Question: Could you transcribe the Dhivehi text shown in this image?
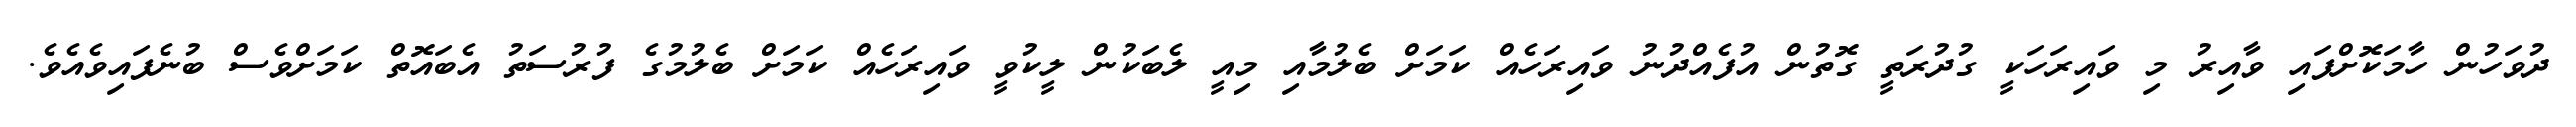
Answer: ދުވަހުން ހާމަކޮށްފައި ވާއިރު މި ވައިރަހަކީ ގުދުރަތީ ގޮތުން އުފެއްދުނު ވައިރަހެއް ކަމަށް ބެލުމާއި މިއީ ލެބަކުން ލީކުވީ ވައިރަހެއް ކަމަށް ބެލުމުގެ ފުރުސަތު އެބައޮތް ކަމަށްވެސް ބުނެފައިވެއެވެ.